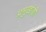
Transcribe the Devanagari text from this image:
प्रमुखांशी